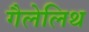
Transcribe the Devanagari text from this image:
गैलेलिथ